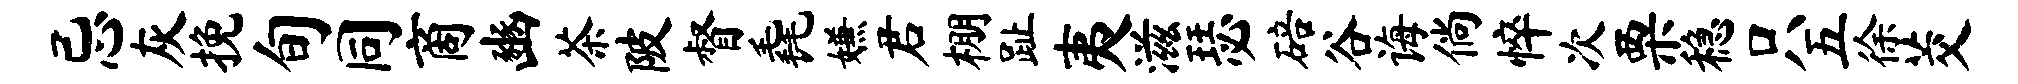
忌灰挽旬同商豳茶陂督毳嫌君棚趾夷滋瑟碚谷诲倘悴次栗稳只五徐茭